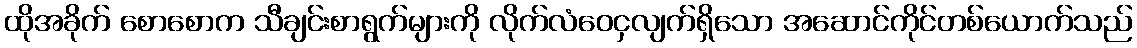
ထိုအခိုက် စောစောက သီချင်းစာရွက်များကို လိုက်လံဝေငှလျက်ရှိသော အဆောင်ကိုင်တစ်ယောက်သည်